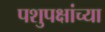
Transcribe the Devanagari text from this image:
पशुपक्षांच्या